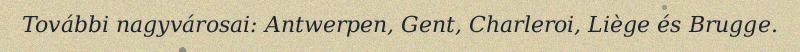
További nagyvárosai: Antwerpen, Gent, Charleroi, Liège és Brugge.